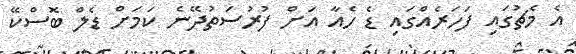
އެ މެޗުގައި ފަހަރެއްގައި ޑެ ހެއާ އަށް ފުރުސަތުދޭނެ ކަމަށް ޑެލް ބޮސްކޭ